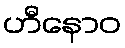
ဟီနောဝ